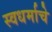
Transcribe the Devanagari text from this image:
स्वधर्माचे